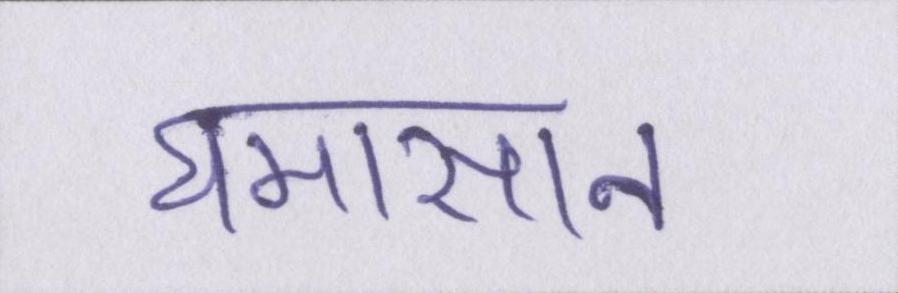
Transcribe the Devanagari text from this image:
घमासान